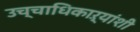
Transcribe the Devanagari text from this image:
उच्चाधिकाऱ्यांशी